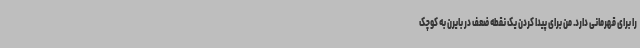
را برای قهرمانی دارد. من برای پیدا کردن یک نقطه ضعف در بایرن به کوچک